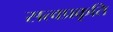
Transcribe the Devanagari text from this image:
सत्वप्रकृति